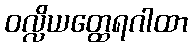
ဝလ္လိယတ္ထေရဂါထာ